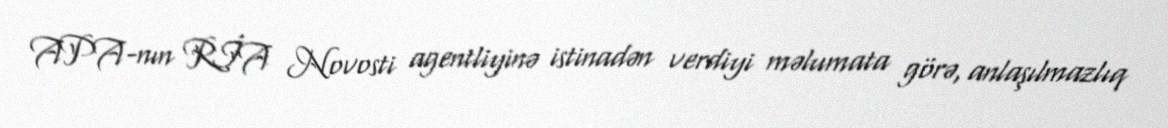
APA-nın RİA Novosti agentliyinə istinadən verdiyi məlumata görə, anlaşılmazlıq